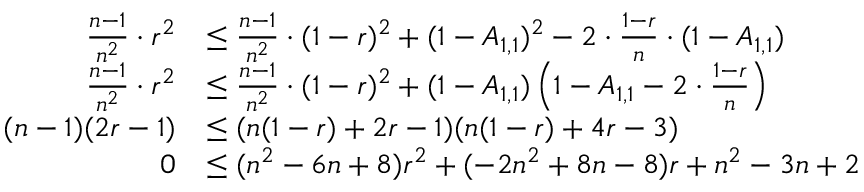
\begin{array} { r l } { \frac { n - 1 } { n ^ { 2 } } \cdot r ^ { 2 } } & { \leq \frac { n - 1 } { n ^ { 2 } } \cdot ( 1 - r ) ^ { 2 } + ( 1 - A _ { 1 , 1 } ) ^ { 2 } - 2 \cdot \frac { 1 - r } { n } \cdot ( 1 - A _ { 1 , 1 } ) } \\ { \frac { n - 1 } { n ^ { 2 } } \cdot r ^ { 2 } } & { \leq \frac { n - 1 } { n ^ { 2 } } \cdot ( 1 - r ) ^ { 2 } + ( 1 - A _ { 1 , 1 } ) \left( 1 - A _ { 1 , 1 } - 2 \cdot \frac { 1 - r } { n } \right) } \\ { ( n - 1 ) ( 2 r - 1 ) } & { \leq ( n ( 1 - r ) + 2 r - 1 ) ( n ( 1 - r ) + 4 r - 3 ) } \\ { 0 } & { \leq ( n ^ { 2 } - 6 n + 8 ) r ^ { 2 } + ( - 2 n ^ { 2 } + 8 n - 8 ) r + n ^ { 2 } - 3 n + 2 } \end{array}